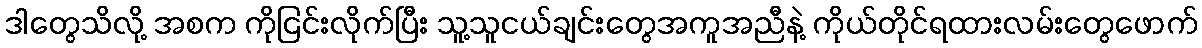
ဒါတွေသိလို့ အစက ကိုငြင်းလိုက်ပြီး သူ့သူငယ်ချင်းတွေအကူအညီနဲ့ ကိုယ်တိုင်ရထားလမ်းတွေဖောက်